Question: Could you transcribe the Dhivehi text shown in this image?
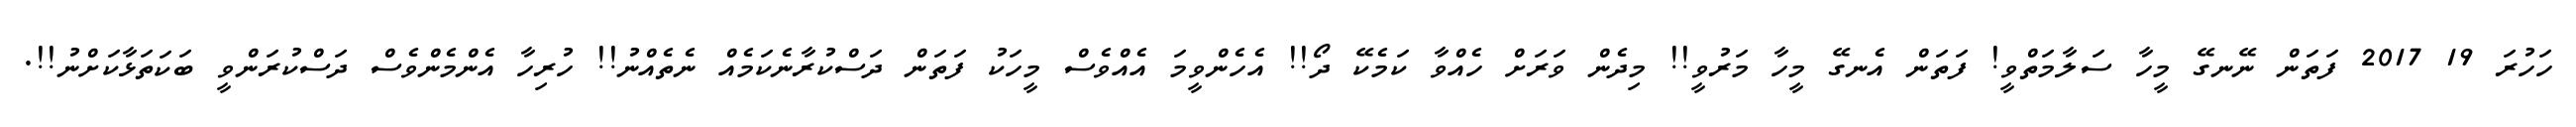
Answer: ހަހުރަ 19 2017 ފަތަން ނޭނގޭ މީހާ ސަލާމަތްވީ! ފަތަން އެނގޭ މީހާ މަރުވީ!! މިދެން ވަރަށް ހެއްވާ ކަމެކޭ ދޯ!! އެހެންވީމަ އެއްވެސް މީހަކު ފަތަން ދަސްކުރާނެކަމެއް ނެތެއްނު!! ހުރިހާ އެންމެންވެސް ދަސްކުރަންވީ ބަކަތަޅާކަށްނު!!.